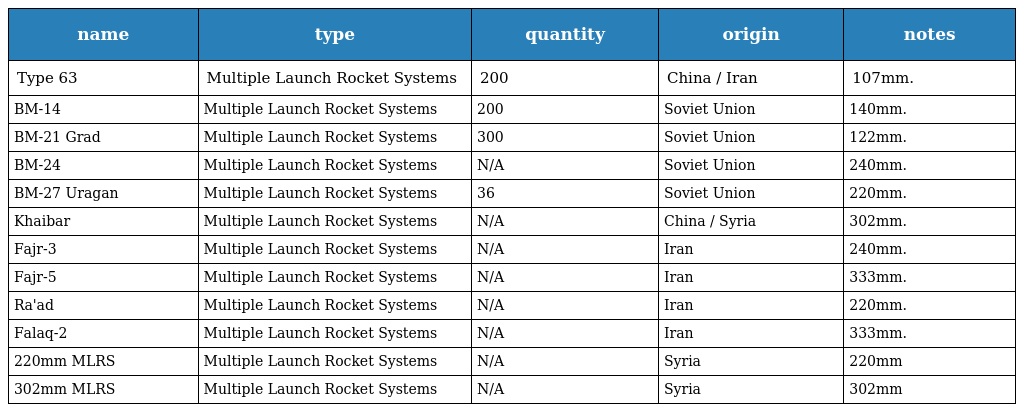
| name | type | quantity | origin | notes |
 | --- | --- | --- | --- | --- |
 | Type 63 | Multiple Launch Rocket Systems | 200 | China / Iran | 107mm. |
 | BM-14 | Multiple Launch Rocket Systems | 200 | Soviet Union | 140mm. |
 | BM-21 Grad | Multiple Launch Rocket Systems | 300 | Soviet Union | 122mm. |
 | BM-24 | Multiple Launch Rocket Systems | N/A | Soviet Union | 240mm. |
 | BM-27 Uragan | Multiple Launch Rocket Systems | 36 | Soviet Union | 220mm. |
 | Khaibar | Multiple Launch Rocket Systems | N/A | China / Syria | 302mm. |
 | Fajr-3 | Multiple Launch Rocket Systems | N/A | Iran | 240mm. |
 | Fajr-5 | Multiple Launch Rocket Systems | N/A | Iran | 333mm. |
 | Ra'ad | Multiple Launch Rocket Systems | N/A | Iran | 220mm. |
 | Falaq-2 | Multiple Launch Rocket Systems | N/A | Iran | 333mm. |
 | 220mm MLRS | Multiple Launch Rocket Systems | N/A | Syria | 220mm |
 | 302mm MLRS | Multiple Launch Rocket Systems | N/A | Syria | 302mm |